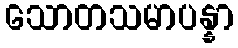
သောတသမာပန္နာ